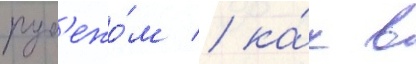
руб'ежо́м / ка́к в